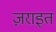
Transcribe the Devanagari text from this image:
ज़राइत